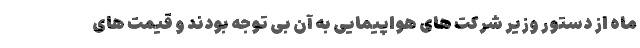
ماه از دستور وزیر شرکت های هواپیمایی به آن بی توجه بودند و قیمت های